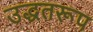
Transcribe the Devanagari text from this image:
उद्धतरूप